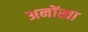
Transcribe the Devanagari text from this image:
अनोंखा